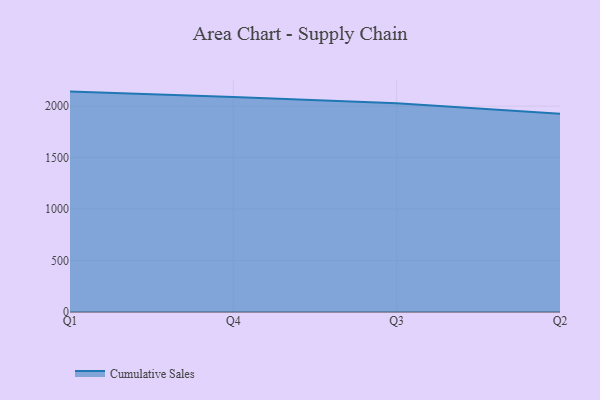
{"axis": {"x": "Quarter", "y": "Page Views"}, "legend": ["Cumulative Sales"], "data": [{"x": "Q1", "y": 2140.9, "type": "Cumulative Sales"}, {"x": "Q4", "y": 2089.0, "type": "Cumulative Sales"}, {"x": "Q3", "y": 2027.0, "type": "Cumulative Sales"}, {"x": "Q2", "y": 1926.9, "type": "Cumulative Sales"}]}